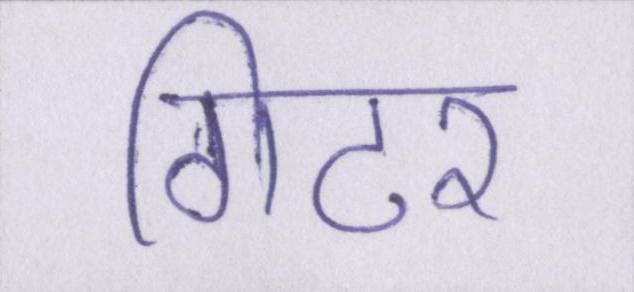
गिटर